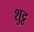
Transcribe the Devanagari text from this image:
शुट्ठ